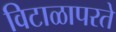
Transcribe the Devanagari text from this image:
विटाळापरते